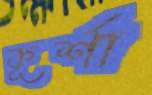
কূর্শা